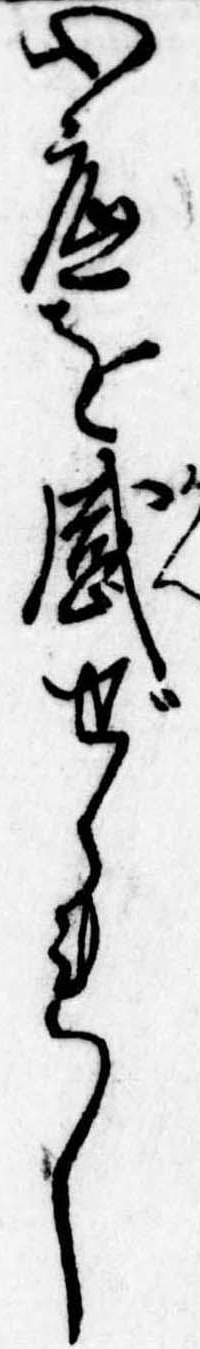
心底を感ぜられし